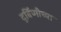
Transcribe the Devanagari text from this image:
दुर्बिणीच्‍या